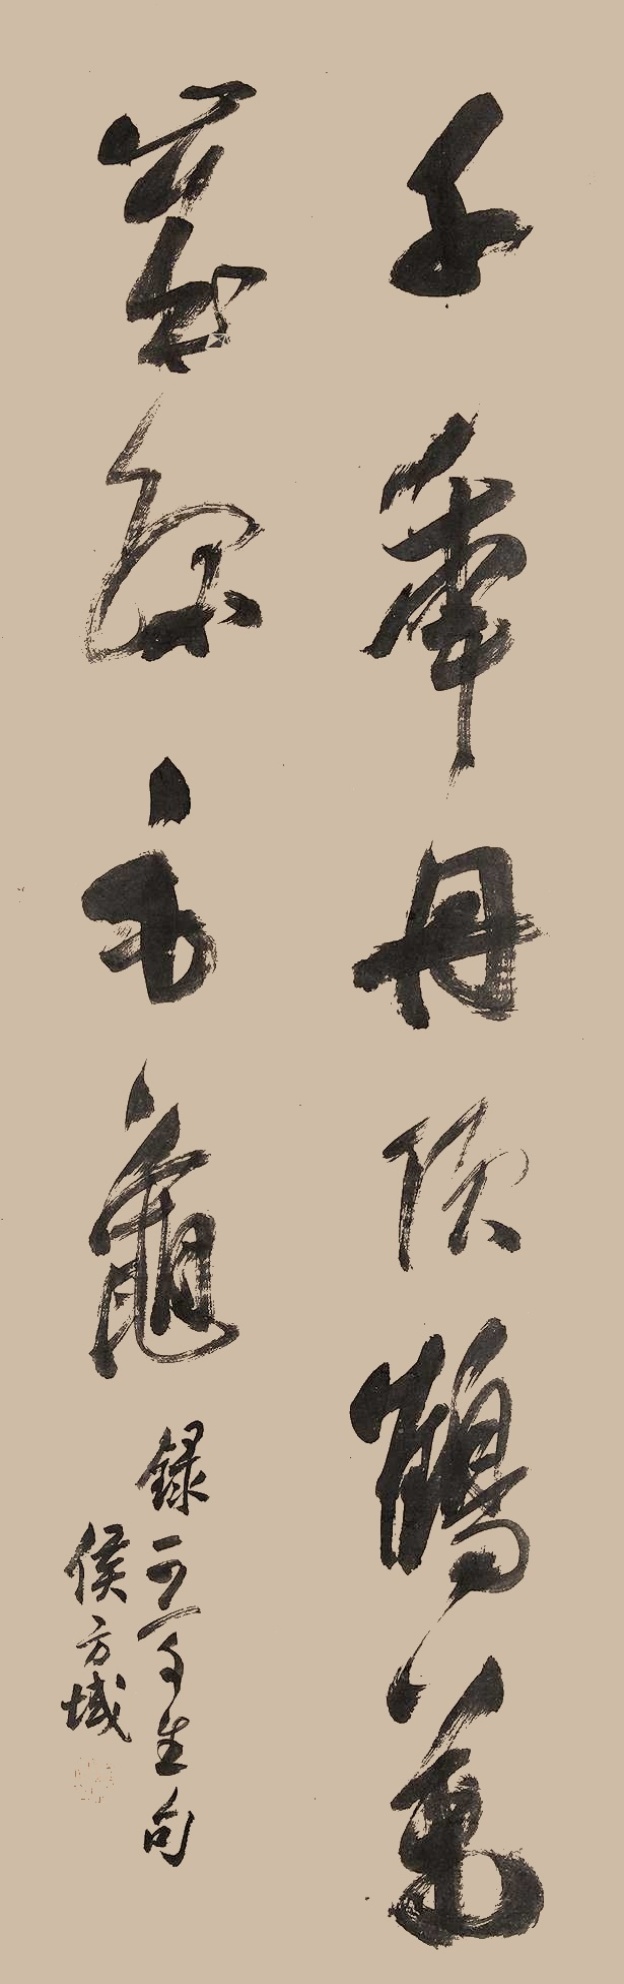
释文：千年丹顶鹤，万岁绿毛龟。录□□生句。侯方域。